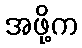
အဖို့က